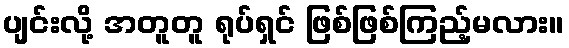
ပျင်းလို့ အတူတူ ရုပ်ရှင် ဖြစ်ဖြစ်ကြည့်မလား။